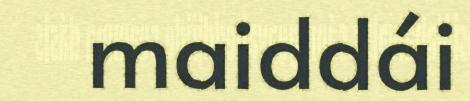
maiddái